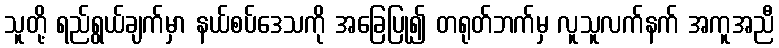
သူတို့ ရည်ရွယ်ချက်မှာ နယ်စပ်ဒေသကို အခြေပြု၍ တရုတ်ဘက်မှ လူသူလက်နက် အကူအညီ